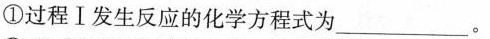
①过程Ⅰ发生反应的化学方程式为___。